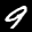
Label: 9